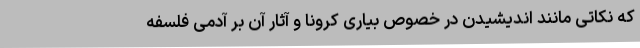
که نکاتی مانند اندیشیدن در خصوص بیاری کرونا و آثار آن بر آدمی فلسفه